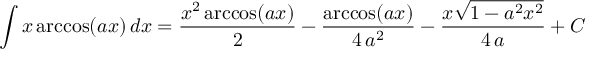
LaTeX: \int x \operatorname { a r c c o s } ( a x ) \, d x = { \frac { x ^ { 2 } \operatorname { a r c c o s } ( a x ) } { 2 } } - { \frac { \operatorname { a r c c o s } ( a x ) } { 4 \, a ^ { 2 } } } - { \frac { x { \sqrt { 1 - a ^ { 2 } x ^ { 2 } } } } { 4 \, a } } + C